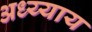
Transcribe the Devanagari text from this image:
अध्य्याय